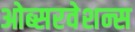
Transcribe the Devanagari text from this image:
ओब्सरवेशन्स